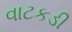
વાટકડી